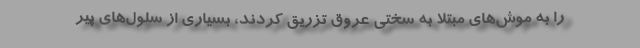
را به موش‌های مبتلا به سختی عروق تزریق کردند، بسیاری از سلول‌های پیر